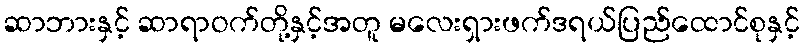
ဆာဘားနှင့် ဆာရာဝက်တို့နှင့်အတူ မလေးရှားဖက်ဒရယ်ပြည်ထောင်စုနှင့်